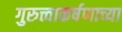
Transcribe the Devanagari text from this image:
गुरुत्त्वाकर्षणाच्या